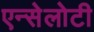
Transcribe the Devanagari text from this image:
एन्सेलोटी